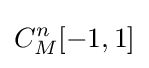
C_{M}^{n}[-1,1]